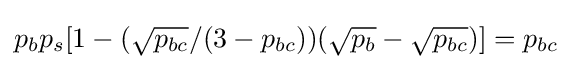
p_{b}p_{s}[1-({\sqrt {p_{bc}}}/(3-p_{bc}))({\sqrt {p_{b}}}-{\sqrt {p_{bc}}})]=p_{bc}